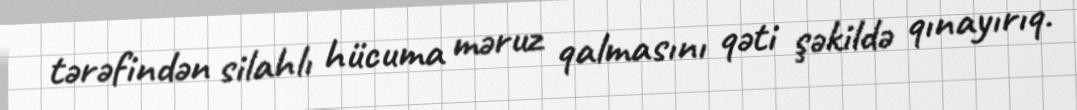
tərəfindən silahlı hücuma məruz qalmasını qəti şəkildə qınayırıq.